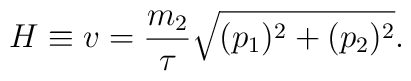
H\equiv v=\frac{m_{2}}{\tau}\sqrt{(p_{1})^{2}+(p_{2})^{2}}.